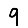
Digit: 9